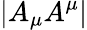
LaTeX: |A_{\mu}A^{\mu}|